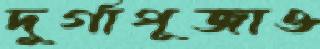
দুর্গাপূজাও